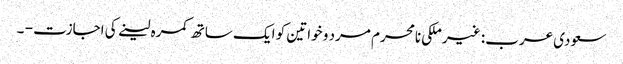
سعودی عرب: غیر ملکی نامحرم مرد و خواتین کو ایک ساتھ کمرہ لینے کی اجازت - ۔